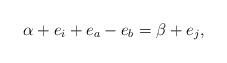
LaTeX: \begin{align*}\alpha+e_i+e_a-e_b=\beta+e_j,\end{align*}